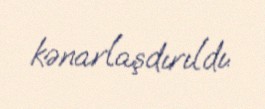
kənarlaşdırıldı.